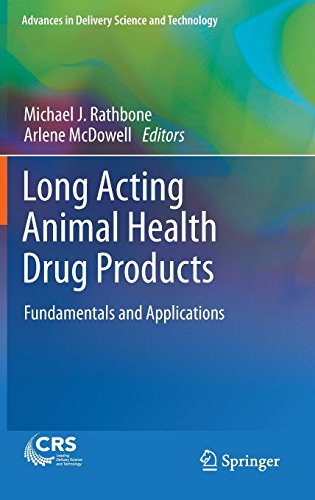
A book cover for Long Acting Animal Health Drug Products: Fundamentals and Applications (Advances in Delivery Science and Technology); Medical Books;